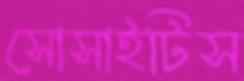
সোসাইটিস